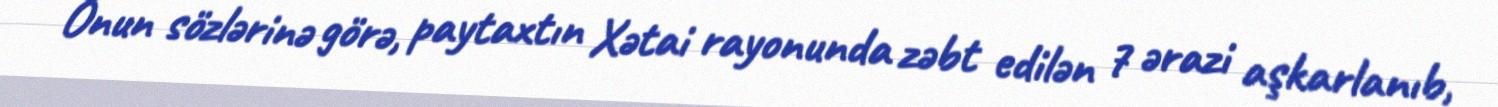
Onun sözlərinə görə, paytaxtın Xətai rayonunda zəbt edilən 7 ərazi aşkarlanıb,